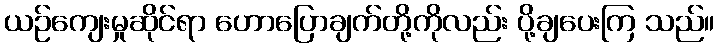
ယဉ်ကျေးမှုဆိုင်ရာ ဟောပြောချက်တို့ကိုလည်း ပို့ချပေးကြ သည်။